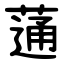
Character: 蓪